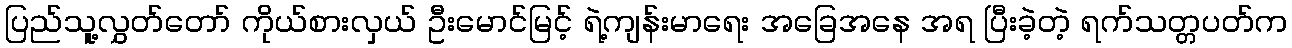
ပြည်သူ့လွှတ်တော် ကိုယ်စားလှယ် ဦးမောင်မြင့် ရဲ့ကျန်းမာရေး အခြေအနေ အရ ပြီးခဲ့တဲ့ ရက်သတ္တပတ်က